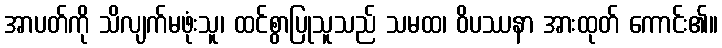
အာပတ်ကို သိလျက်မဖုံးသူ၊ ထင်စွာပြုသူသည် သမထ၊ ဝိပဿနာ အားထုတ် ကောင်း၏။